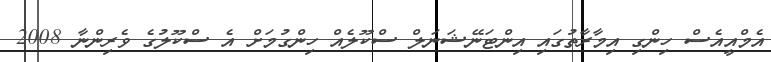
އެމްއީއެސް ހިންގި އިމާރާތުގައި އިންޓަނޭޝަނަލް ސްކޫލެއް ހިންގުމަށް އެ ސްކޫލުގެ ވެރިންނާ 2008